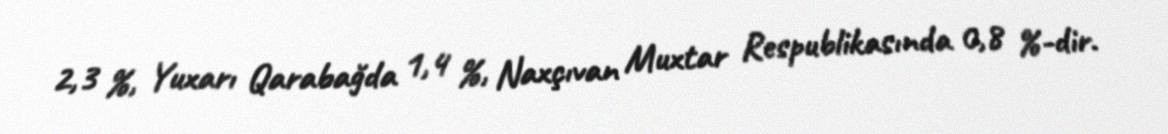
2,3 %, Yuxarı Qarabağda 1,4 %, Naxçıvan Muxtar Respublikasında 0,8 %-dir.